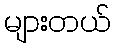
များတယ်